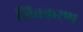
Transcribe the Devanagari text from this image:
शिवकरण